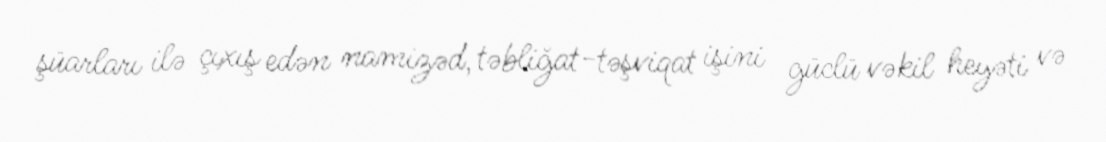
şüarları ilə çıxış edən namizəd, təbliğat-təşviqat işini güclü vəkil heyəti və